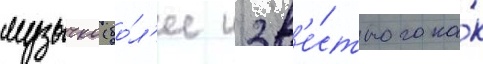
музычко (бо́л'ее изв'е́стного ка́к